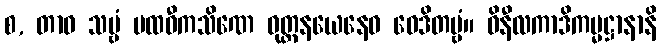
စ, တာဝ သဗ္ဗံ ပထဝီကသိဏေ ဝုတ္တနယေနေဝ ဝေဒိတဗ္ဗံ။ ဝိနီလကာဒိကမ္မဋ္ဌာနာနိ